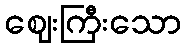
ဈေးကြီးသော